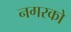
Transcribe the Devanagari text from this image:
नगरको